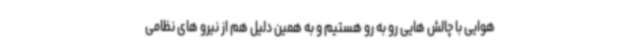
هوایی با چالش هایی رو به رو هستیم و به همین دلیل هم از نیرو های نظامی